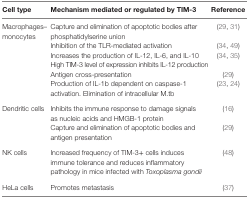
| Cell type | Mechanism mediated or regulated by TIM-3 | Reference |
 | --- | --- | --- |
 | <ROWSPAN=6> Macrophages–monocytes | Capture and elimination of apoptotic bodies after phosphatidylserine union | (29, 31) |
 | Inhibition of the TLR-mediated activation | (34, 49) |
 | Increases the production of IL-12, IL-6, and IL-10 | <ROWSPAN=2> (34, 35) |
 | High TIM-3 level of expression inhibits IL-12 production |
 | Antigen cross-presentation | (29) |
 | Production of IL-1b dependent on caspase-1 activation. Elimination of intracellular M.tb | (23, 24) |
 | <ROWSPAN=2> Dendritic cells | Inhibits the immune response to damage signals as nucleic acids and HMGB-1 protein | (16) |
 | Capture and elimination of apoptotic bodies and antigen presentation | (29) |
 | NK cells | Increased frequency of TIM-3+ cells induces immune tolerance and reduces inflammatory pathology in mice infected with Toxoplasma gondii | (48) |
 | HeLa cells | Promotes metastasis | (37) |